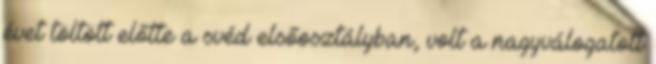
évet töltött előtte a svéd elsőosztályban, volt a nagyválogatott